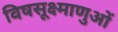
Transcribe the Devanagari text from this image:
विषसूक्ष्माणुओं